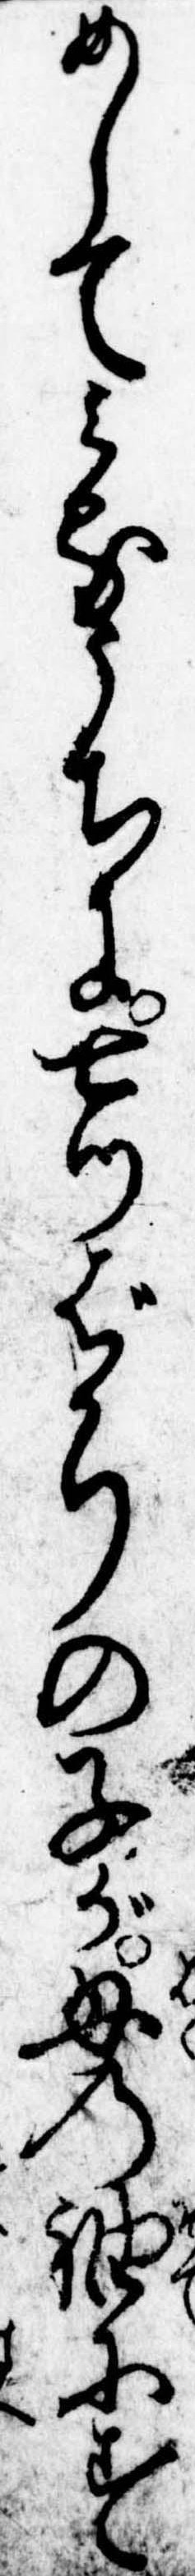
めしてみるうちに七つばかりの子が母の袖にす